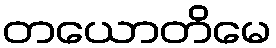
တယောတိမေ